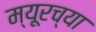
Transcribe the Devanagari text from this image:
म्यूरच्या